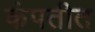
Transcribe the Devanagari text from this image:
कंपतीत